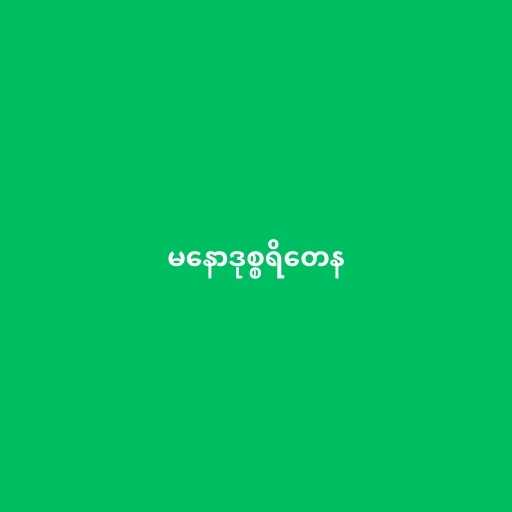
မနောဒုစ္စရိတေန